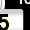
Digit: 5